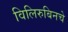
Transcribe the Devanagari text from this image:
विलिरुबिनचे